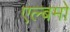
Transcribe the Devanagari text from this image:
एल्बमो